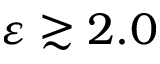
\varepsilon \gtrsim 2 . 0